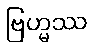
ဗြဟ္မဿ